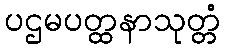
ပဌမပတ္ထနာသုတ္တံ